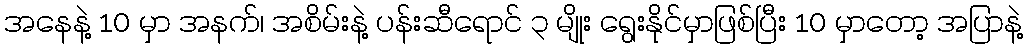
အနေနဲ့ 10 မှာ အနက်၊ အစိမ်းနဲ့ ပန်းဆီရောင် ၃ မျိုး ရွေးနိုင်မှာဖြစ်ပြီး 10 မှာတော့ အပြာနဲ့